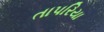
તાપરિયા